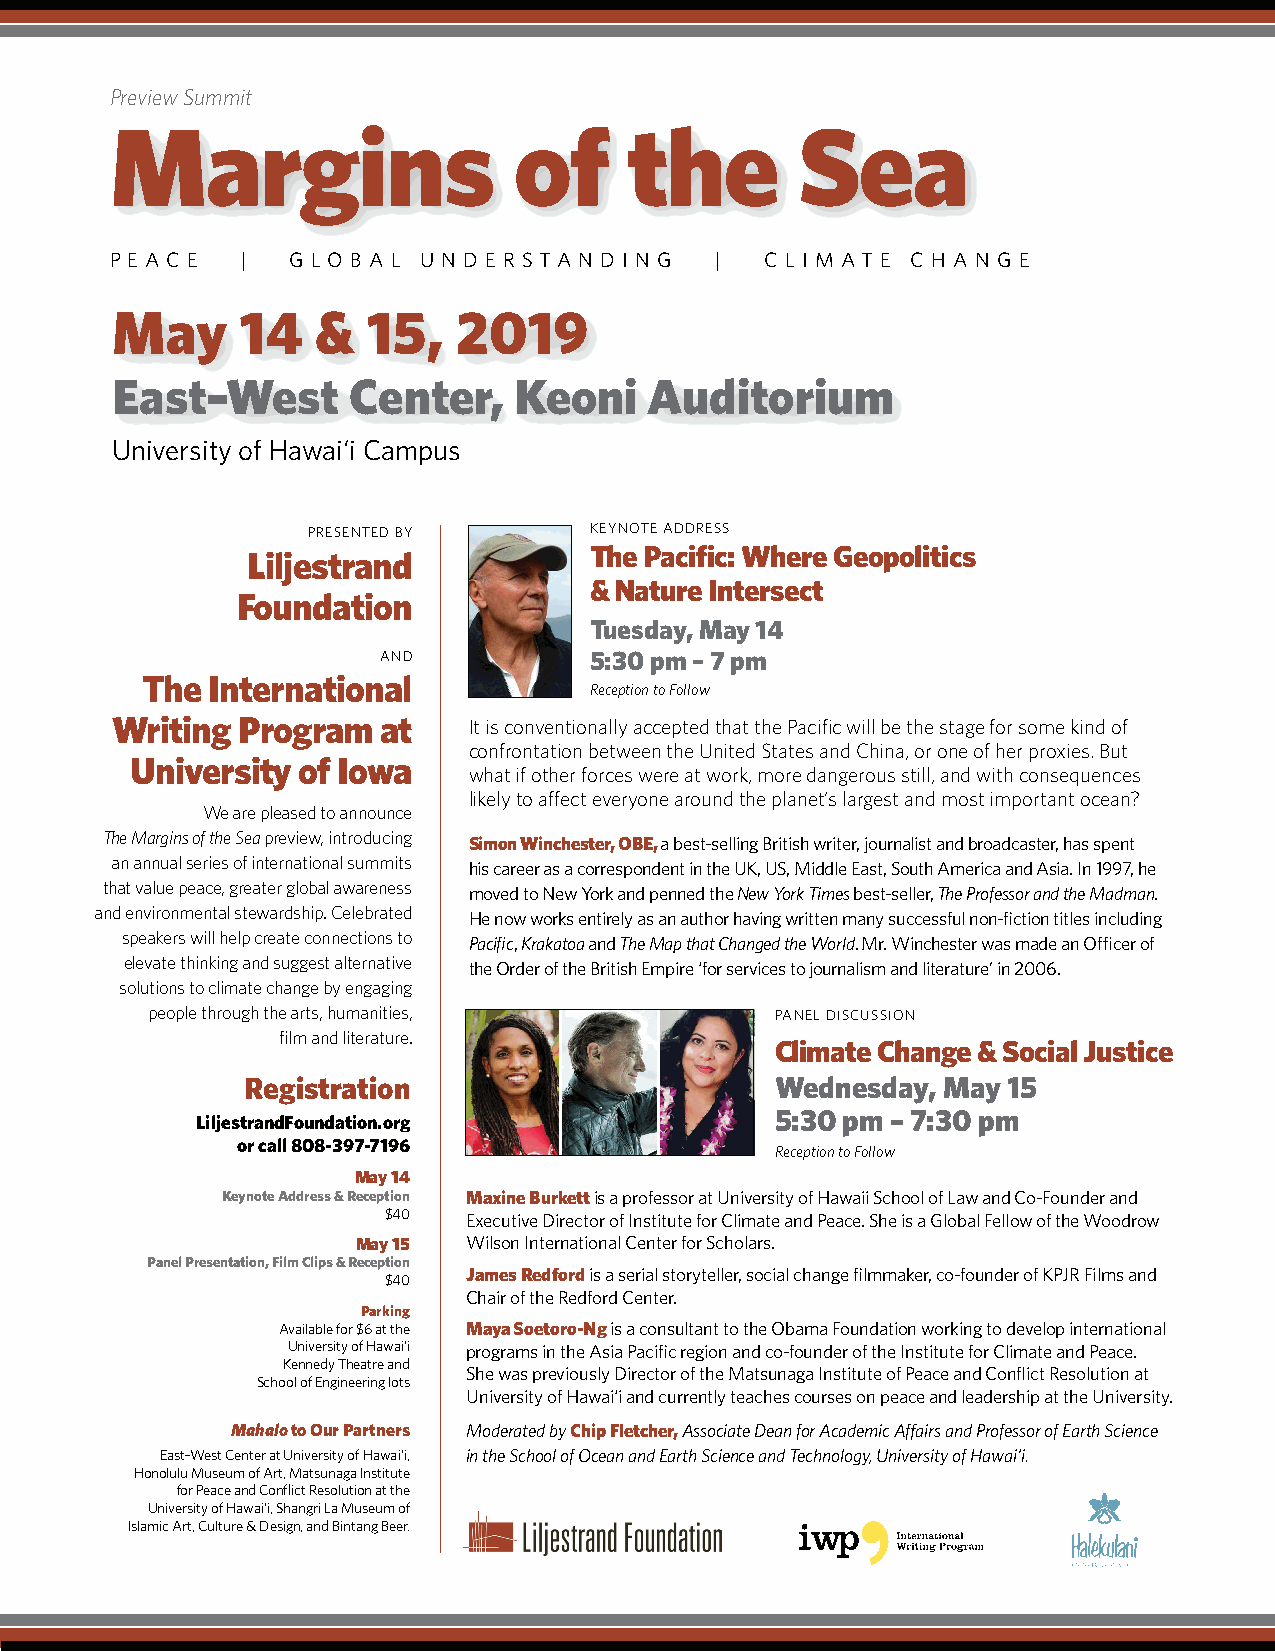
Preview Summit
 Margins                    of      the        Sea
 P E A C E | G L O B A L U N D E R S TA N D I N G | C L I M AT E C H A N G E
 May      14   &  15,   2019
 East–West       Center   , Keoni    Auditorium
 University of Hawai‘i Campus
 PRESENTED BY       KEYNOTE ADDRESS
 Liljestrand            The Pacifi c: Where Geopolitics
 & Nature Intersect
 Foundation
 Tuesday, May 14
 AND           5:30 pm – 7 pm
 The  International
 Reception to Follow
 Writing  Program  at    It is conventionally accepted that the Pacifi c will be the stage for some kind of
 confrontation between the United States and China, or one of her proxies. But
 University of Iowa
 what if other forces were at work, more dangerous still, and with consequences
 likely to aff ect everyone around the planet’s largest and most important ocean?
 We are pleased to announce
 The Margins of the Sea preview, introducing Simon Winchester, OBE, a best-selling British writer, journalist and broadcaster, has spent
 an annual series of international summits his career as a correspondent in the UK, US, Middle East, South America and Asia. In 1997, he
 that value peace, greater global awareness moved to New York and penned the New York Times best-seller, The Professor and the Madman.
 and environmental stewardship. Celebrated He now works entirely as an author having written many successful non-fi ction titles including
 speakers will help create connections to Pacifi c, Krakatoa and The Map that Changed the World. Mr. Winchester was made an Offi cer of
 elevate thinking and suggest alternative the Order of the British Empire ‘for services to journalism and literature’ in 2006.
 solutions to climate change by engaging
 people through the arts, humanities,     PANEL DISCUSSION
 fi lm and literature.
 Climate Change & Social Justice
 Registration                       Wednesday, May  15
 LiljestrandFoundation.org             5:30 pm – 7:30 pm
 or call 808-397-7196               Reception to Follow
 May 14
 Keynote Address & Reception Maxine Burkett is a professor at University of Hawaii School of Law and Co-Founder and
 $40   Executive Director of Institute for Climate and Peace. She is a Global Fellow of the Woodrow
 May 15 Wilson International Center for Scholars.
 Panel Presentation, Film Clips & Reception
 James Redford is a serial storyteller, social change fi lmmaker, co-founder of KPJR Films and
 $40
 Chair of the Redford Center.
 Parking
 Available for $6 at the Maya Soetoro-Ng is a consultant to the Obama Foundation working to develop international
 University of Hawai‘i programs in the Asia Pacifi c region and co-founder of the Institute for Climate and Peace.
 Kennedy Theatre and
 She was previously Director of the Matsunaga Institute of Peace and Confl ict Resolution at
 School of Engineering lots
 University of Hawai‘i and currently teaches courses on peace and leadership at the University.
 Mahalo to Our Partners Moderated by Chip Fletcher,Associate Dean for Academic Aff airs and Professor of Earth Science
 East–West Center at University of Hawai‘i, in the School of Ocean and Earth Science and Technology, University of Hawai‘i.
 Honolulu Museum of Art, Matsunaga Institute
 for Peace and Confl ict Resolution at the
 University of Hawai‘i, Shangri La Museum of
 Islamic Art, Culture & Design, and Bintang Beer.